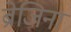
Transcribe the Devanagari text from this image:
ब्रेजिना